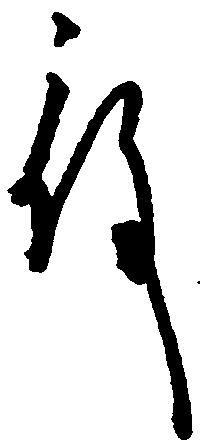
殿